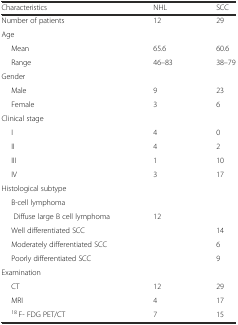
| Characteristics | NHL | SCC |
 | --- | --- | --- |
 | Number of patients | 12 | 29 |
 | <COLSPAN=3> Age |
 | Mean | 65.6 | 60.6 |
 | Range | 46–83 | 38–79 |
 | Gender |  |  |
 | Male | 9 | 23 |
 | Female | 3 | 6 |
 | <COLSPAN=3> Clinical stage |
 | I | 4 | 0 |
 | II | 4 | 2 |
 | III | 1 | 10 |
 | IV | 3 | 17 |
 | <COLSPAN=3> Histological subtype |
 | <COLSPAN=3> B-cell lymphoma |
 | Diffuse large B cell lymphoma | 12 |  |
 | Well differentiated SCC |  | 14 |
 | Moderately differentiated SCC |  | 6 |
 | Poorly differentiated SCC |  | 9 |
 | Examination |  |  |
 | CT | 12 | 29 |
 | MRI | 4 | 17 |
 | 18 F- FDG PET/CT | 7 | 15 |